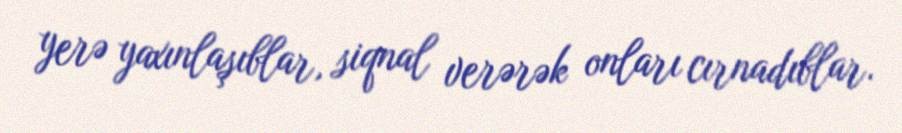
yerə yaxınlaşıblar, siqnal verərək onları cırnadıblar.